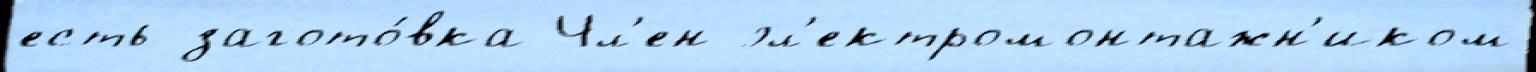
есть загото́вка Чл'ен эл'ектромонтажн'иком